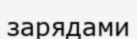
зарядами